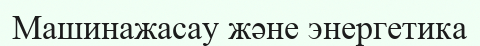
Машинажасау және энергетика